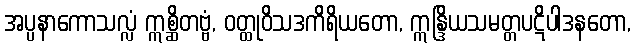
အပ္ပနာကောသလ္လံ ဣစ္ဆိတဗ္ဗံ, ဝတ္ထုဝိသဒကိရိယတော, ဣန္ဒြိယသမတ္တပဋိပါဒနတော,